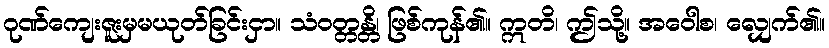
ဂုဏ်ကျေးဇူးမှမယုတ်ခြင်းငှာ။ သံဝတ္တန္တိ၊ ဖြစ်ကုန်၏။ ဣတိ၊ ဤသို့။ အဝေါစ၊ လျှေက်၏။